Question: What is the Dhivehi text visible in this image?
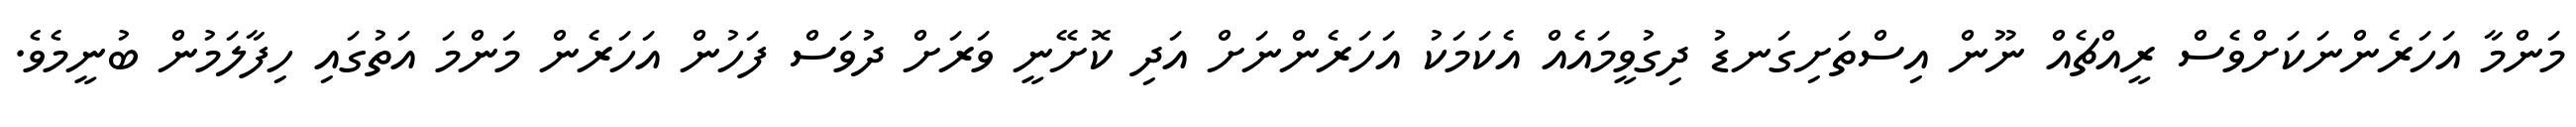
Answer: މަންމާ އަހަރެންނަކަށްވެސް ރީއްޗެއް ނޫން އިސްތަށިގަނޑު ދިގުވީމައެއް އެކަމަކު އަހަރެންނަށް އަދި ކޮށޭނީ ވަރަށް ދުވަސް ފަހުން އަހަރެން މަންމަ އަތުގައި ހިފާލަމުން ބުނީމެވެ.